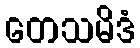
တေသမိဒံ